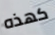
كهذه